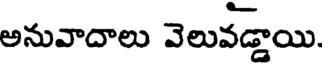
అనువాదాలు వెలువడ్డాయి.